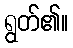
ရွတ်၏။